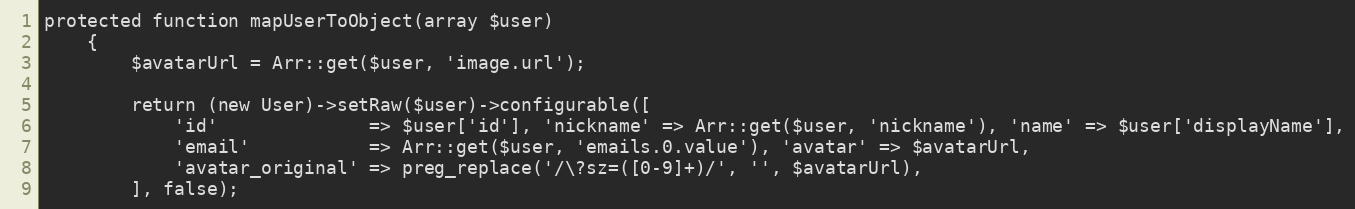
Language: PHP
protected function mapUserToObject(array $user)
    {
        $avatarUrl = Arr::get($user, 'image.url');

        return (new User)->setRaw($user)->configurable([
            'id'              => $user['id'], 'nickname' => Arr::get($user, 'nickname'), 'name' => $user['displayName'],
            'email'           => Arr::get($user, 'emails.0.value'), 'avatar' => $avatarUrl,
            'avatar_original' => preg_replace('/\?sz=([0-9]+)/', '', $avatarUrl),
        ], false);